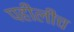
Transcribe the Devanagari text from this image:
पहीलीच